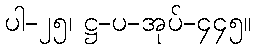
ပါ-၂၅၊ ဋ္ဌ-ပ-အုပ်-၄၄၅။